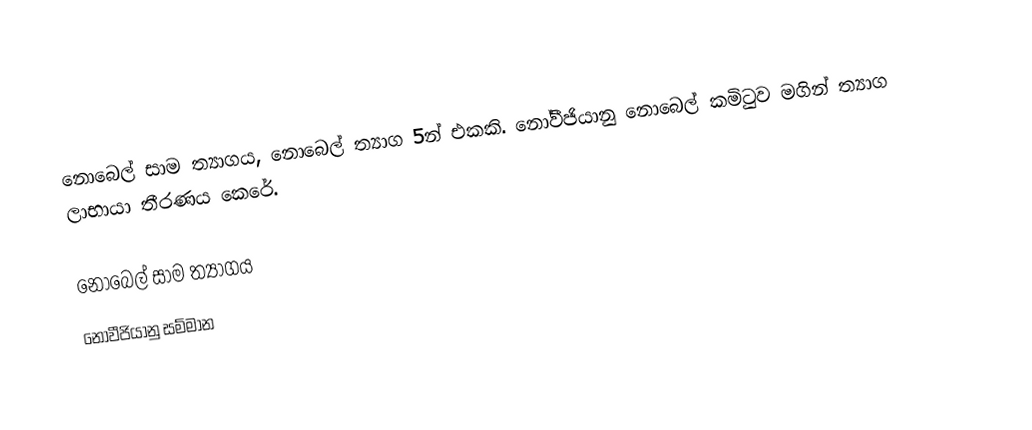
නොබෙල් සාම ත්‍යාගය, නොබෙල් ත්‍යාග 5න් එකකි. නෝවීජියානු නොබෙල් කමිටුව මගින් ත්‍යාග ලාභායා තීරණය කෙරේ.

නොබෙල් සාම ත්‍යාගය
නෝවීජියානු සම්මාන